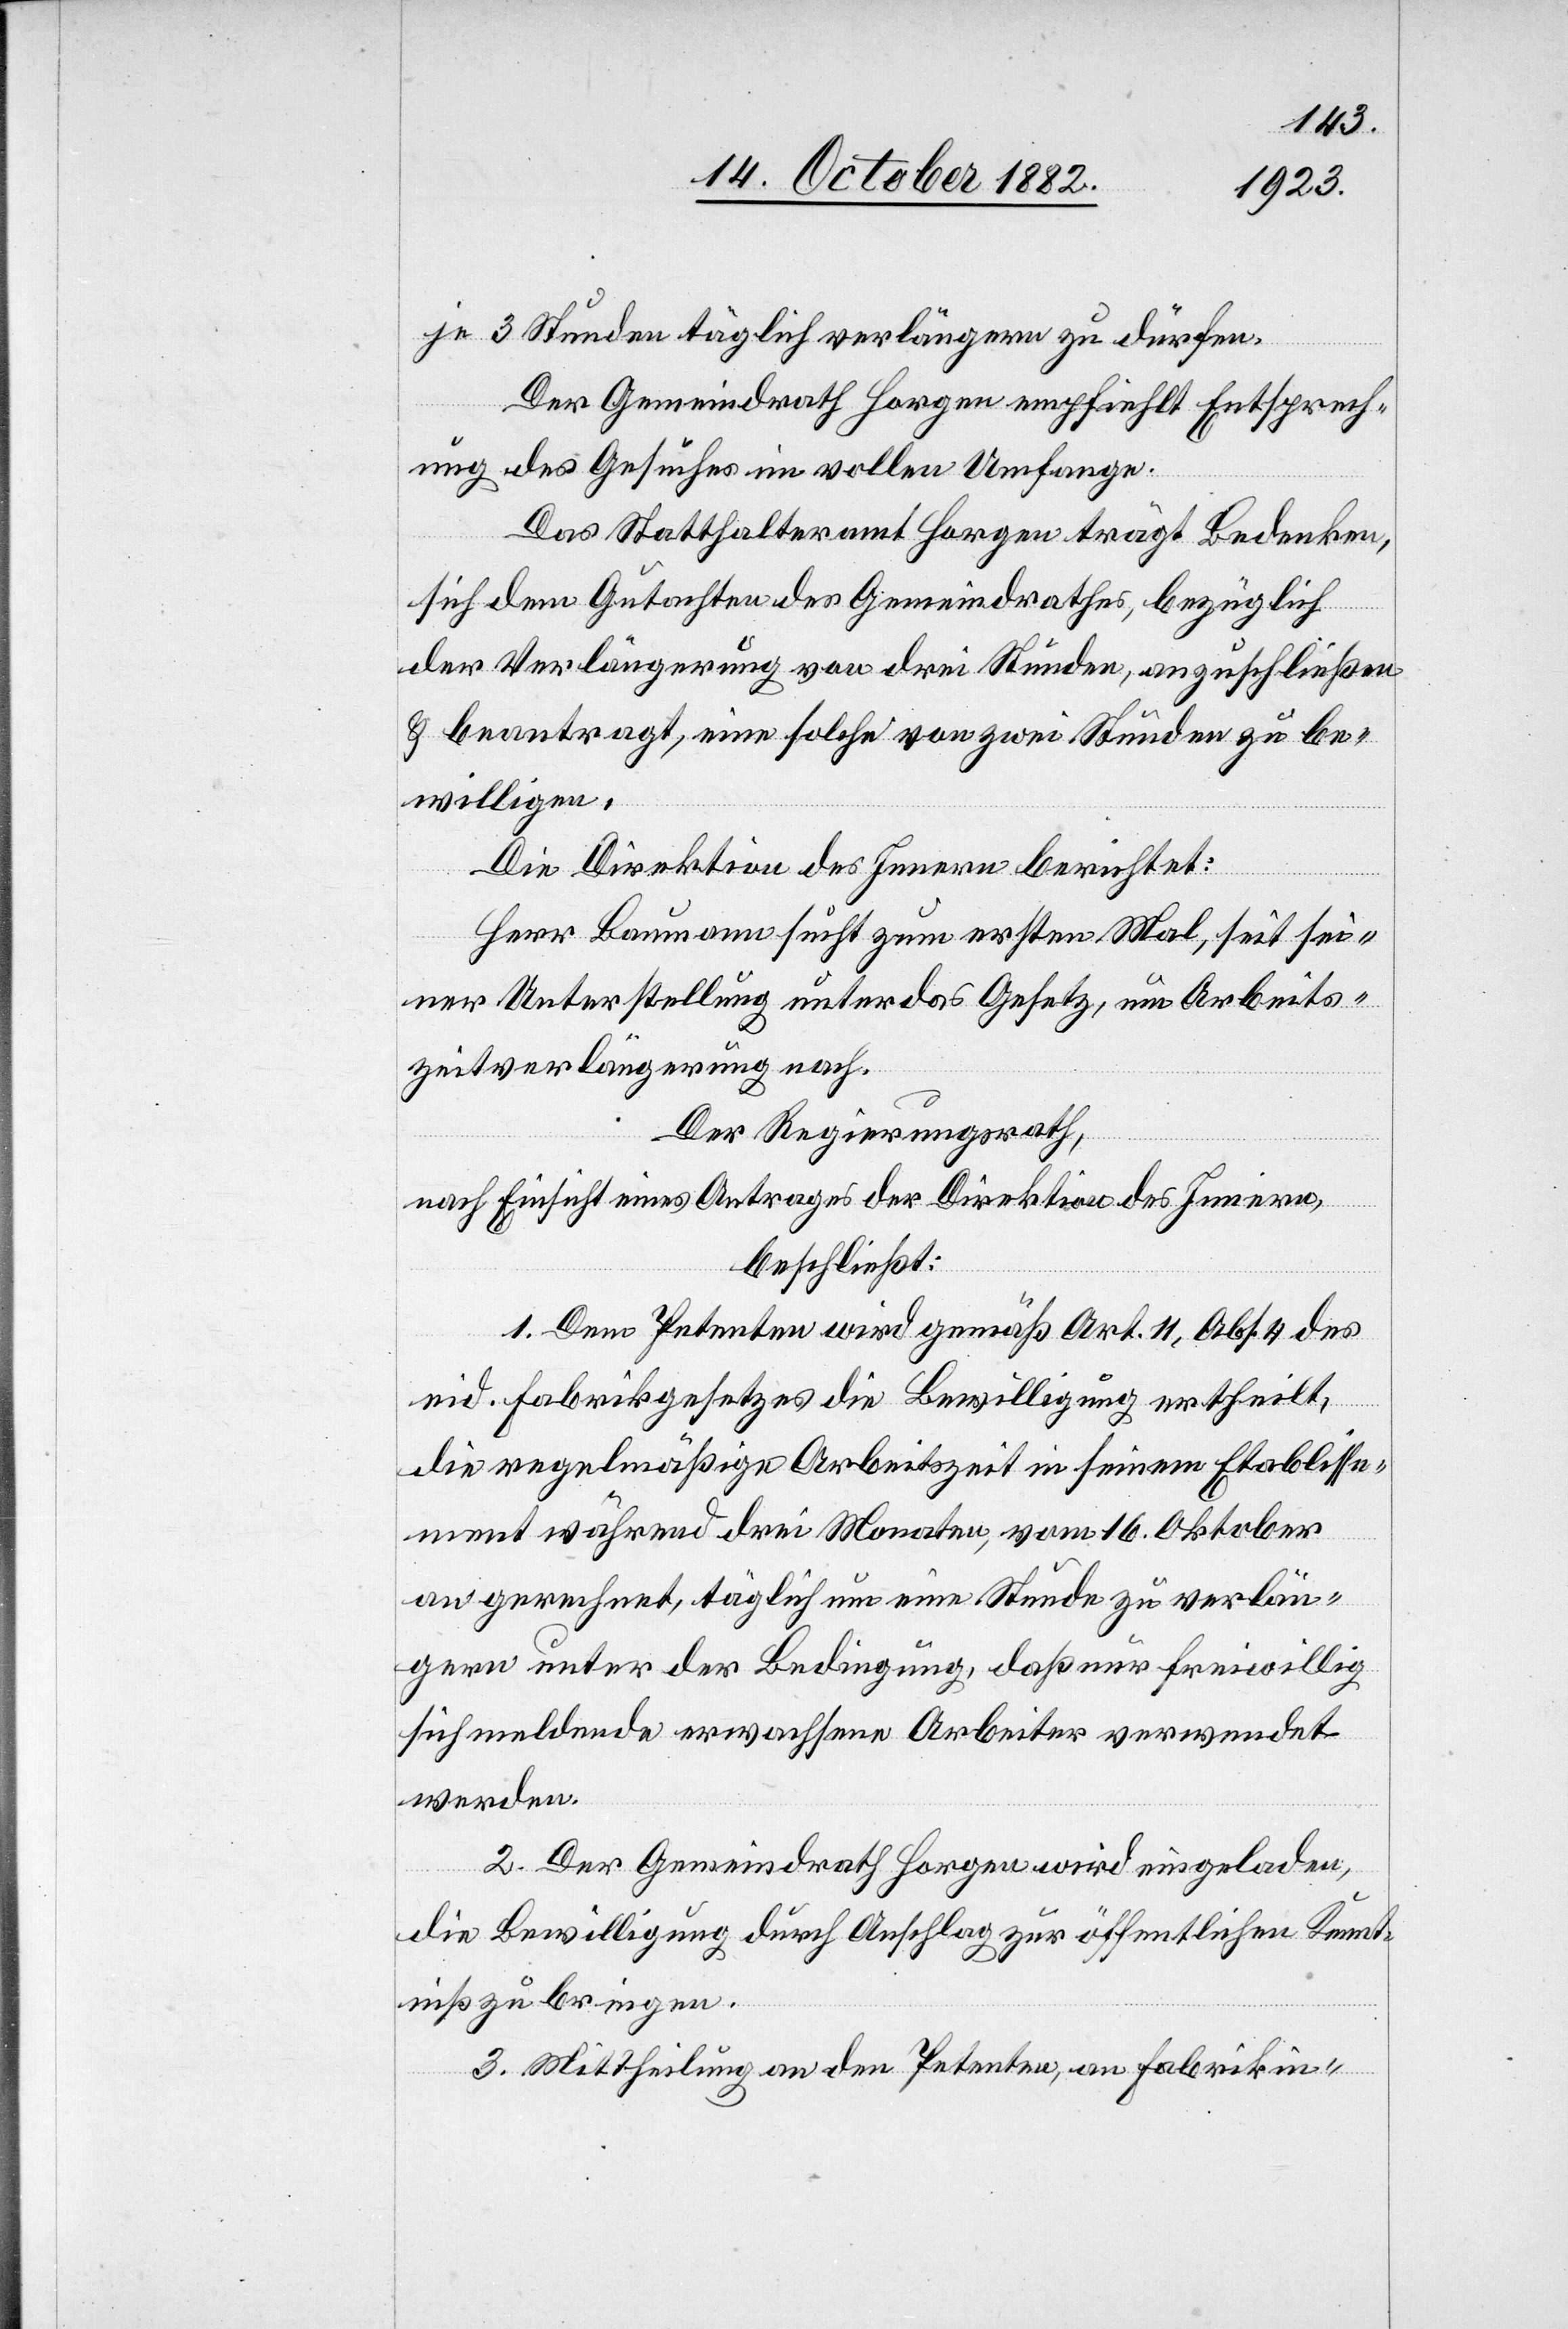
je 3 Stunden täglich verlängern zu dürfen.
Der Gemeindrath Horgen empfiehlt Entsprech¬
ung des Gesuches im vollen Umfange.
Das Statthalteramt Horgen trägt Bedenken,
sich dem Gutachten des Gemeindrathes, bezüglich
der Verlängerung von drei Stunden, anzuschließen
& beantragt, eine solche von zwei Stunden zu be¬
willigen.
Die Direktion des Innern berichtet:
Herr Baumann sucht zum ersten Mal, seit sei¬
ner Unterstellung unter das Gesetz, um Arbeits¬
zeitverlängerung nach.
Der Regierungsrath,
nach Einsicht eines Antrages der Direktion des Innern,
beschließt:
1. Dem Petenten wird gemäß Art. 11, Abs. 4 des
eid. Fabrikgesetzes die Bewilligung ertheilt,
die regelmäßige Arbeitszeit in seinem Etablisse¬
ment während drei Monaten, vom 16. Oktober
an gerechnet, täglich um eine Stunde zu verlän¬
gern unter der Bedingung, daß nur freiwillig
sich meldende erwachsene Arbeiter verwendet
werden.
2. Der Gemeindrath Horgen wird eingeladen,
die Bewilligung durch Anschlag zur öffentlichen Kennt¬
niß zu bringen.
3. Mittheilung an den Petenten, an Fabrikin-